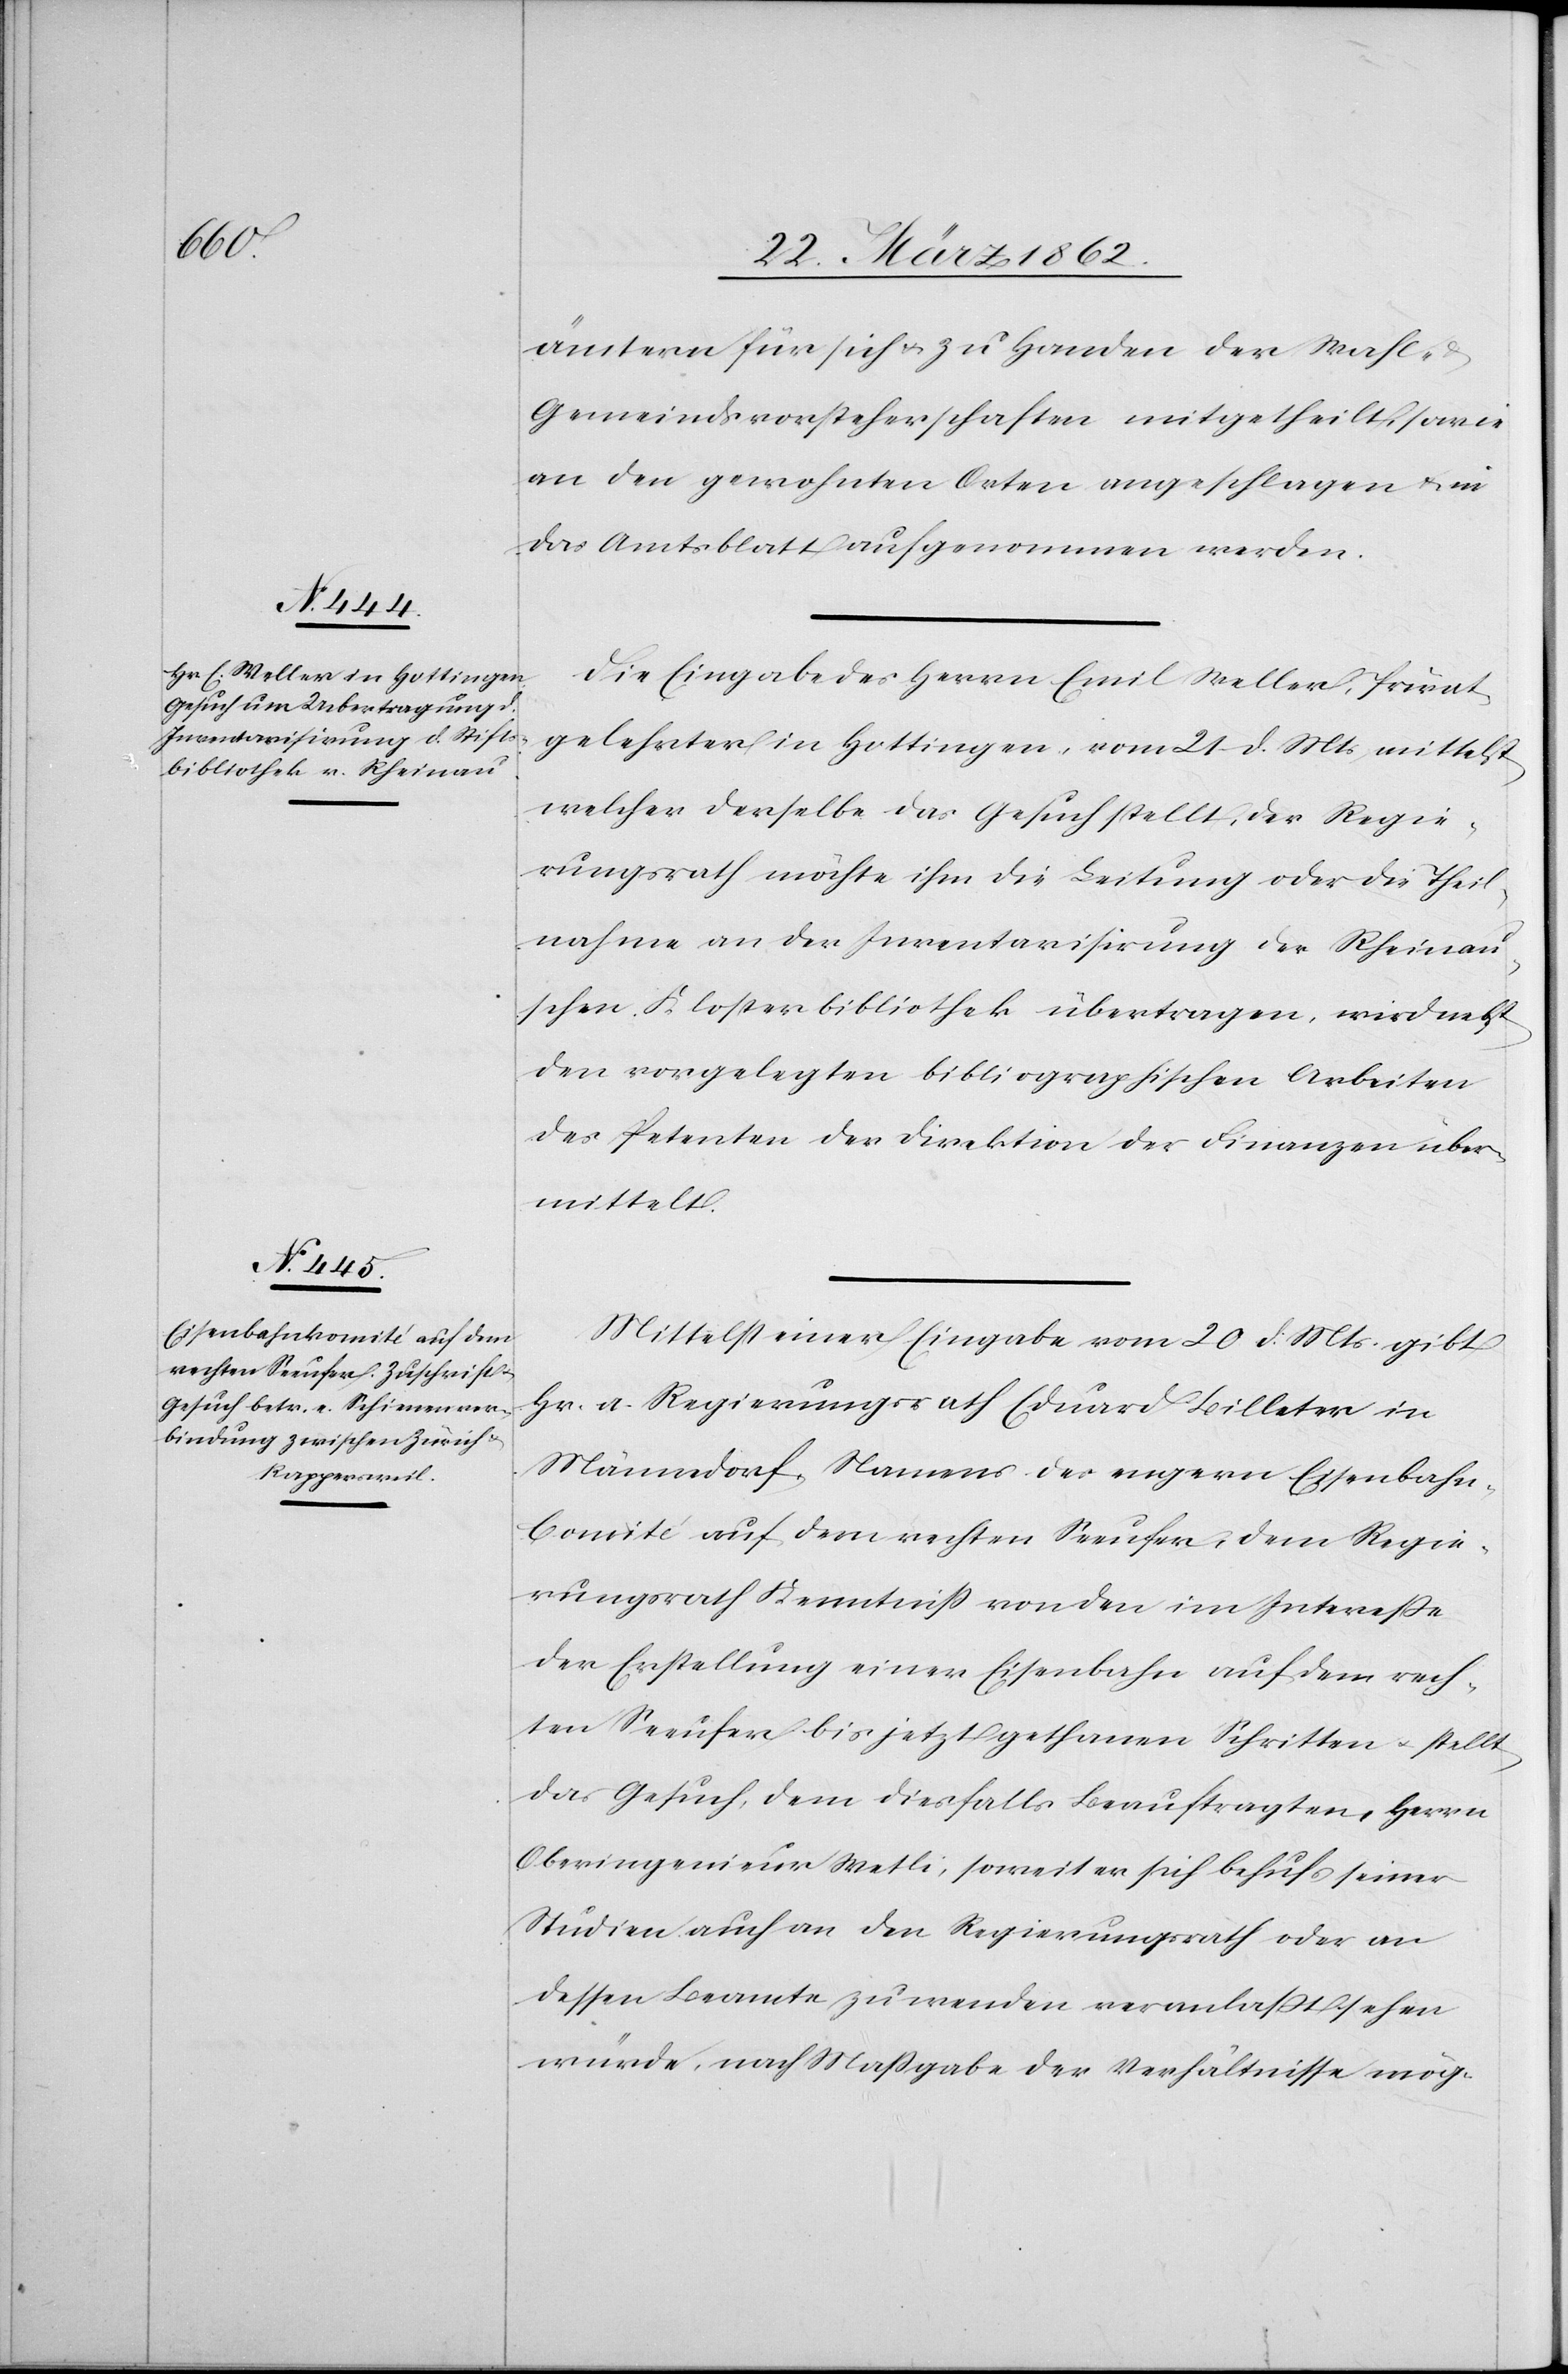
ämtern für sich u. zu Handen der Wahl-
Gemeindsvorsteherschaften mitgetheilt, sowie
an den gewohnten Orten angeschlagen & in
das Amtsblatt aufgenommen werden.
Die Eingabe des Herrn Emil Weller, Privat¬
gelehrter in Hottingen, vom 21 d. Mts, mittelst
welcher derselbe das Gesuch stellt, der Regie¬
rungsrath möchte ihm die Leitung oder die Theil¬
nahme an der Inventarisirung der Rheinau¬
schen Klosterbibliothek übertragen, wird nebst
den vorgelegten bibliographischen Arbeiten
des Petenten der Direktion der Finanzen über¬
mittelt.
Mittelst einer Eingabe vom 20 d: Mts. gibt
Hr. a. Regierungsrath Eduard Billeter in
Männedorf, Namens des engern Eisenbahn-C¬
omité auf dem rechten Seeufer, dem Regie¬
rungsrath Kenntniß von den im Intereße
der Erstellung einer Eisenbahn auf dem rech¬
ten Seeufer bis jetzt gethanen Schritten u. stellt
das Gesuch, dem diesfalls Beauftragten, Herrn
Oberingenieur Wetli, soweit er sich behufs seiner
Studien auch an den Regierungsrath oder an
dessen Beamte zu wenden veranlaßt sehen
würde, nach Maßgabe der Verhältnisse mög-